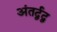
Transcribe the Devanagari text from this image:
अंतर्द्वद्व